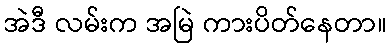
အဲဒီ လမ်းက အမြဲ ကားပိတ်နေတာ။